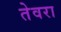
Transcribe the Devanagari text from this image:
तेवरा